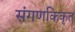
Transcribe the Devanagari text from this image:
संगणकिकृत